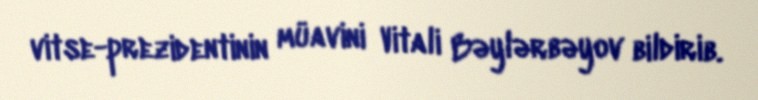
vitse-prezidentinin müavini Vitali Bəylərbəyov bildirib.